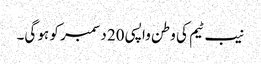
نیب ٹیم کی وطن واپسی 20 دسمبر کو ہو گی۔